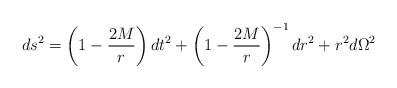
LaTeX: \begin{align*}ds^2=\left(1-{2M \over r}\right) dt^2+ \left(1-{2M \over r}\right)^{-1}dr^2+r^2 d\Omega^2\end{align*}